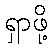
ရှာဖို့